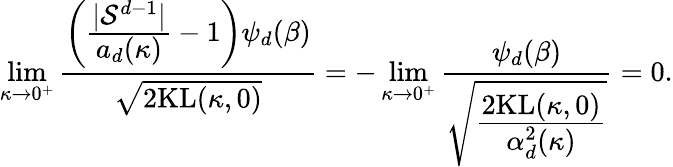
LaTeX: \operatorname*{lim}_{\kappa\rightarrow 0^{+}}\frac{\left(\cfrac{|\mathcal{S}^{d-1}|}{a_{d}(\kappa)}-1\right)\psi_{d}(\beta)}{\sqrt{2\mathrm{KL}(\kappa,0)}}=-\operatorname*{lim}_{\kappa\rightarrow 0^{+}}\frac{\psi_{d}(\beta)}{\sqrt{\cfrac{2\mathrm{KL}(\kappa,0)}{\alpha_{d}^{2}(\kappa)}}}=0.